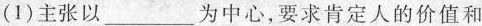
(1)主张以___为中心，要求肯定人的价值和